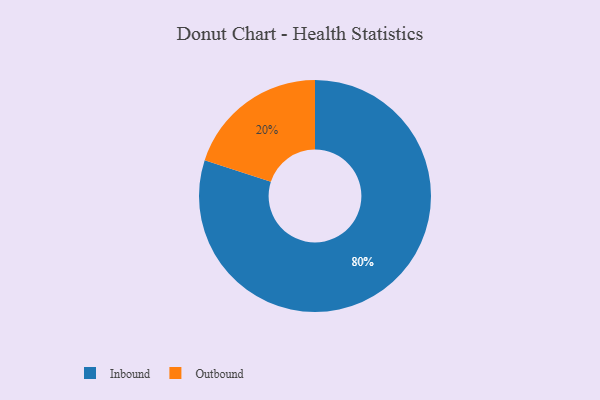
{"axis": {"x": "Category", "y": "Percentage"}, "legend": ["Inbound", "Outbound"], "data": [{"x": "Outbound", "y": 20, "type": "Outbound"}, {"x": "Inbound", "y": 80, "type": "Inbound"}]}